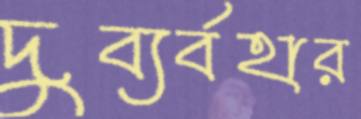
দুব্যর্বহার